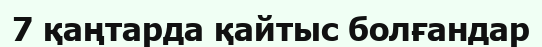
7 қаңтарда қайтыс болғандар